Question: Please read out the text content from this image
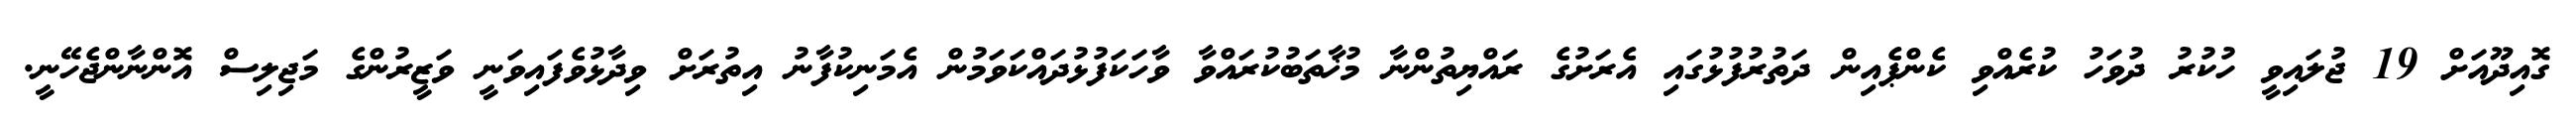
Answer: ގޮއިދޫއަށް 19 ޖުލައިވީ ހުކުރު ދުވަހު ކުރެއްވި ކެންޕެއިން ދަތުރުފުޅުގައި އެރަށުގެ ރައްޔިތުންނާ މުޚާތަބުކުރައްވާ ވާހަކަފުޅުދައްކަވަމުން އެމަނިކުފާނު އިތުރަށް ވިދާޅުވެފައިވަނީ ވަޒީރުންގެ މަޖިލިސް އޮންނާންޖެހޭނީ.